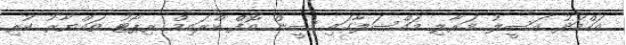
އަހްމަދު އަސީލު މަރާލި މައްސަލާގައި ސީން އޮފް ކްރައިމް ރިޕޯޓު ތައްޔާރު ކުރި